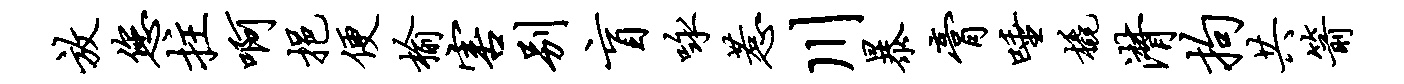
放您拄啊挹便榆害别盲咏惹川暴膏唾橇潸拘共箭